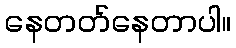
နေတတ်နေတာပါ။